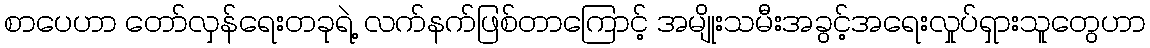
စာပေဟာ တော်လှန်ရေးတခုရဲ့ လက်နက်ဖြစ်တာကြောင့် အမျိုးသမီးအခွင့်အရေးလှုပ်ရှားသူတွေဟာ